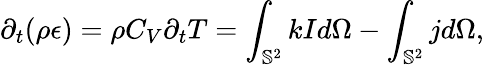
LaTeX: \partial_{t}(\rho\epsilon)=\rho C_{V}\partial_{t}T=\int_{\mathbb{S}^{2}}kId\Omega-\int_{\mathbb{S}^{2}}jd\Omega,